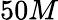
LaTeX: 50M